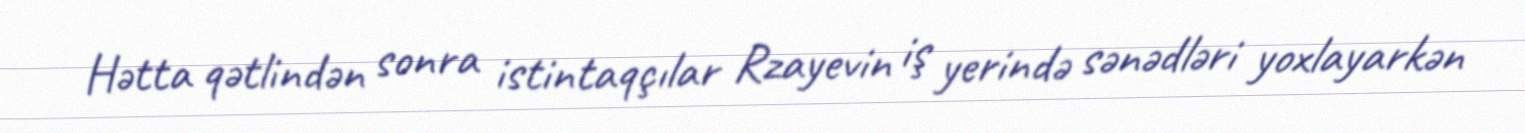
Hətta qətlindən sonra istintaqçılar Rzayevin iş yerində sənədləri yoxlayarkən